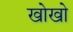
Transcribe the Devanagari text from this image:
खोखाे